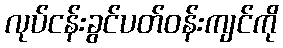
လုပ်ငန်းခွင်ပတ်ဝန်းကျင်ကို